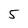
Character: 5